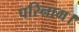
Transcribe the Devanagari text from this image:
परिनाम।